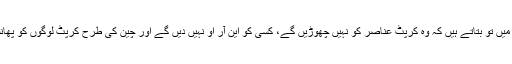
وزیراعظم ہر تقریر میں تو بتاتے ہیں کہ وہ کرپٹ عناصر کو نہیں چھوڑیں گے، کسی کو این آر او نہیں دیں گے اور چین کی طرح کرپٹ لوگوں کو پھانسی پر لٹکا دیں گے۔